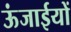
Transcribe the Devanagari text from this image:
ऊंजाईयों